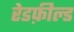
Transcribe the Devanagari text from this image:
रेडफ़ील्ड